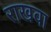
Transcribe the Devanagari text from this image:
राखवा